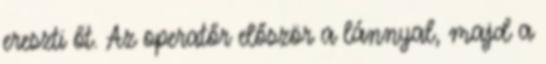
ereszti őt. Az operatőr először a lánnyal, majd a